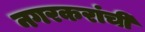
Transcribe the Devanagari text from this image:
नगरकरांची